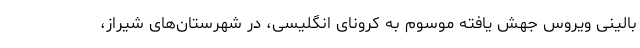
بالینی ویروس جهش یافته موسوم به کرونای انگلیسی، در شهرستان‌های شیراز،